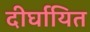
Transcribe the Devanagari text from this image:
दीर्घायित